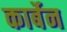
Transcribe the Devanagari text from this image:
कार्बेन